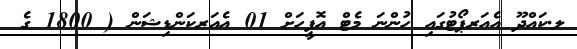
ލ.ކައްދޫ އެއަރޕޯޓުގައި ހުންނަ މެޓް އޮފީހަށް 01 އެއަރކަންޑިޝަން ( 1800 ގެ